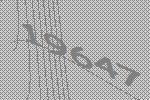
19647